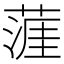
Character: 𦹹